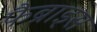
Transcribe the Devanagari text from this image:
फैब्राइस